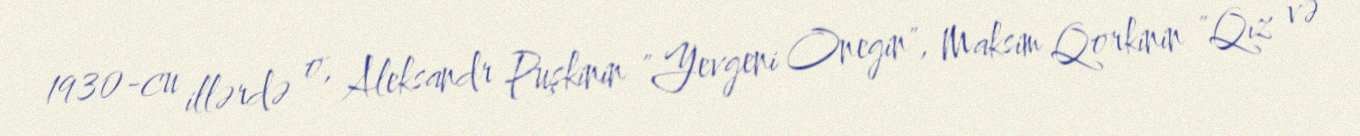
1930-cu illərdə o, Aleksandr Puşkinin "Yevgeni Onegin", Maksim Qorkinin "Qız və